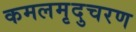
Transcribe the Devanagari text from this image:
कमलमृदुचरण